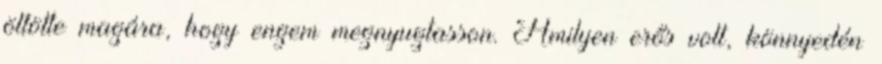
öltötte magára, hogy engem megnyugtasson. Amilyen erős volt, könnyedén